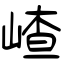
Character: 嵖